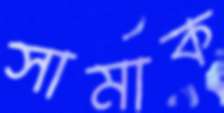
সামাক